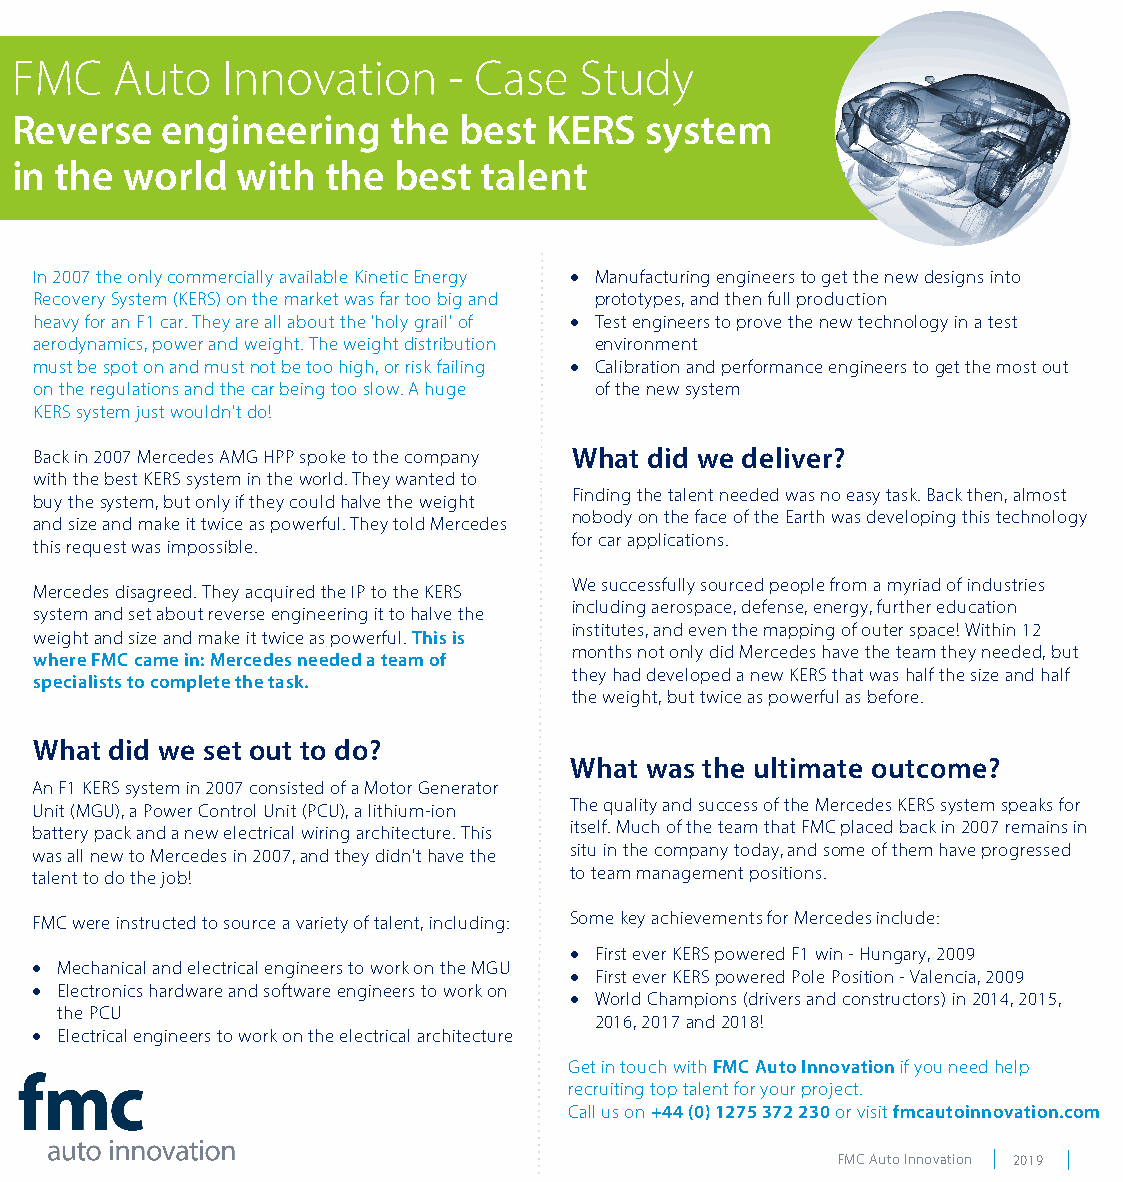
FMC   Auto    Innovation     - Case  Study
 Reverse   engineering    the best  KERS   system
 in the world   with  the best  talent
 In 2007 the only commercially available Kinetic Energy • Manufacturing engineers to get the new designs into
 Recovery System (KERS) on the market was far too big and prototypes, and then full production
 heavy for an F1 car. They are all about the 'holy grail' of • Test engineers to prove the new technology in a test
 aerodynamics, power and weight. The weight distribution environment
 must be spot on and must not be too high, or risk failing • Calibration and performance engineers to get the most out
 on the regulations and the car being too slow. A huge of the new system
 KERS system just wouldn't do!
 Back in 2007 Mercedes AMG HPP spoke to the company What did we deliver?
 with the best KERS system in the world. They wanted to
 Finding the talent needed was no easy task. Back then, almost
 buy the system, but only if they could halve the weight
 nobody on the face of the Earth was developing this technology
 and size and make it twice as powerful. They told Mercedes
 for car applications.
 this request was impossible.
 We successfully sourced people from a myriad of industries
 Mercedes disagreed. They acquired the IP to the KERS
 including aerospace, defense, energy, further education
 system and set about reverse engineering it to halve the
 institutes, and even the mapping of outer space! Within 12
 weight and size and make it twice as powerful. This is
 months not only did Mercedes have the team they needed, but
 where FMC came in: Mercedes needed a team of
 they had developed a new KERS that was half the size and half
 specialists to complete the task.
 the weight, but twice as powerful as before.
 What did we set out to do?
 What was the ultimate outcome?
 An F1 KERS system in 2007 consisted of a Motor Generator
 Unit (MGU), a Power Control Unit (PCU), a lithium-ion The quality and success of the Mercedes KERS system speaks for
 battery pack and a new electrical wiring architecture. This itself. Much of the team that FMC placed back in 2007 remains in
 was all new to Mercedes in 2007, and they didn't have the situ in the company today, and some of them have progressed
 talent to do the job!               to team management positions.
 FMC were instructed to source a variety of talent, including: Some key achievements for Mercedes include:
 • First ever KERS powered F1 win - Hungary, 2009
 • Mechanical and electrical engineers to work on the MGU
 • First ever KERS powered Pole Position - Valencia, 2009
 • Electronics hardware and software engineers to work on
 • World Champions (drivers and constructors) in 2014, 2015,
 the PCU
 2016, 2017 and 2018!
 • Electrical engineers to work on the electrical architecture
 Get in touch with FMC Auto Innovation if you need help
 recruiting top talent for your project.
 Call us on +44 (0) 1275 372 230 or visit fmcautoinnovation.com
 FMC Auto Innovation 2019